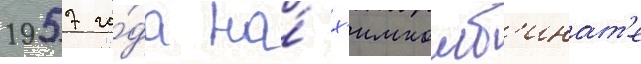
1957 го́да на́ х'имкомб'инат'е